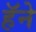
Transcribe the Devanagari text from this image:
हॅने